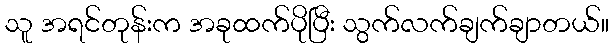
သူ အရင်တုန်းက အခုထက်ပိုပြီး သွက်လက်ချက်ချာတယ်။